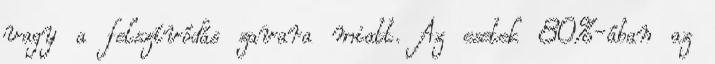
vagy a felszívódás zavara miatt. Az esetek 80%-ában az